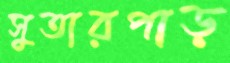
সুতারপাড়